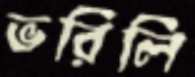
ভরিলি